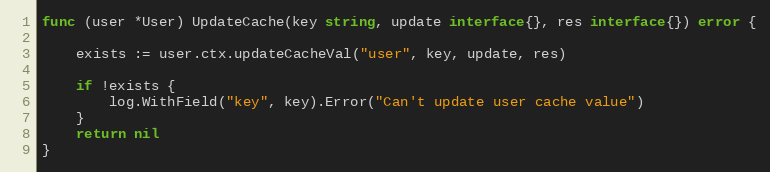
Language: Go
func (user *User) UpdateCache(key string, update interface{}, res interface{}) error {

	exists := user.ctx.updateCacheVal("user", key, update, res)

	if !exists {
		log.WithField("key", key).Error("Can't update user cache value")
	}
	return nil
}